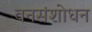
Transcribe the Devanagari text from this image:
वनसंशोधन